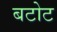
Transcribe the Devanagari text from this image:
बटोट